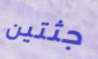
جثتين